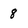
Character: 8